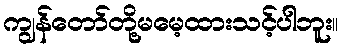
ကျွန်တော်တို့မမေ့ထားသင့်ပါဘူး။